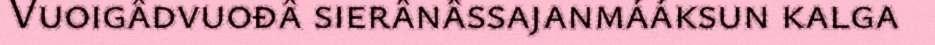
Vuoigâdvuođâ sierânâssajanmááksun kalga